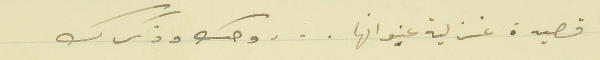
قصيدة غزلية عنوانها . . . وجك وذكرك